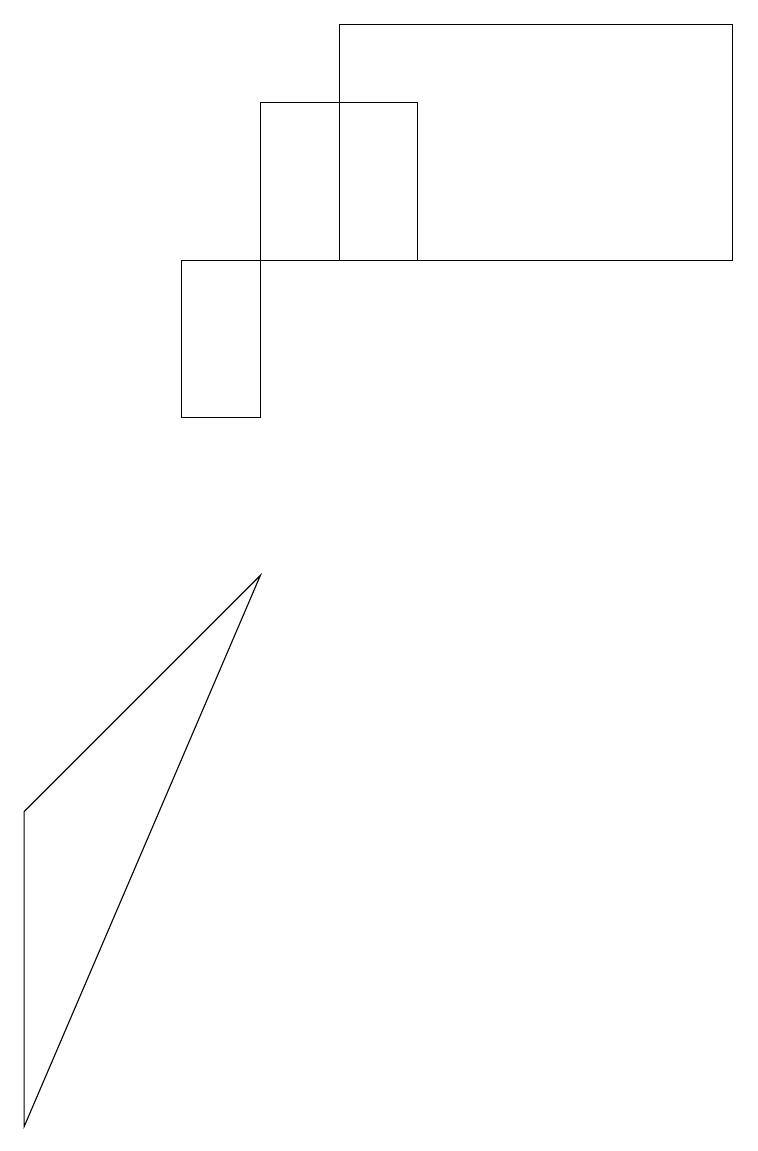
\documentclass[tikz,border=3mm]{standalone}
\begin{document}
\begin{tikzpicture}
\draw (3,14) rectangle (5,12);
\draw (9,12) rectangle (4,15);
\draw (2,12) rectangle (3,10);
\draw (0,1) -- (0,5) -- (3,8) -- cycle;
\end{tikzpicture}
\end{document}